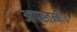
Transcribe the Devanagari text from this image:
आपस्तम्बीय